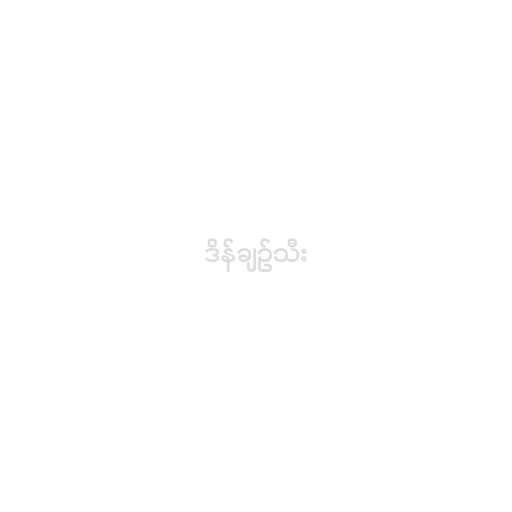
ဒိန်ချဉ်သီး